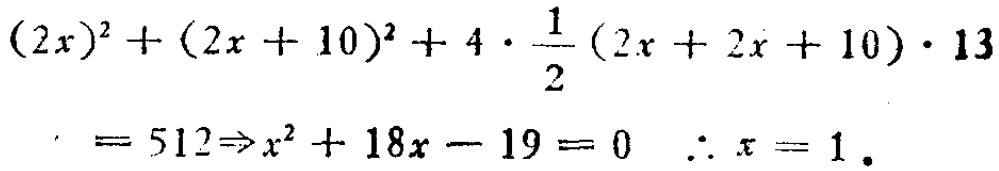
\((2x)^{2}+(2x + 10)^{2}+4\cdot\frac{1}{2}(2x + 2x + 10)\cdot13=512\Rightarrow x^{2}+18x - 19 = 0\ \ \therefore x = 1\)